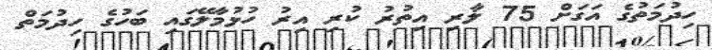
ހިދުމަތުގެ އަގަށް 75 ލާރި އިތުރު ކުރި އިރު ހުޅުމާލޭގައި ބަހުގެ ހިދުމަތް